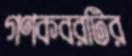
গণকবরটির